Investigations into the jail dietaries of the United Provinces with some observations on the influence of dietary on the physical development and well-being of the people of the United Provinces - Number 48
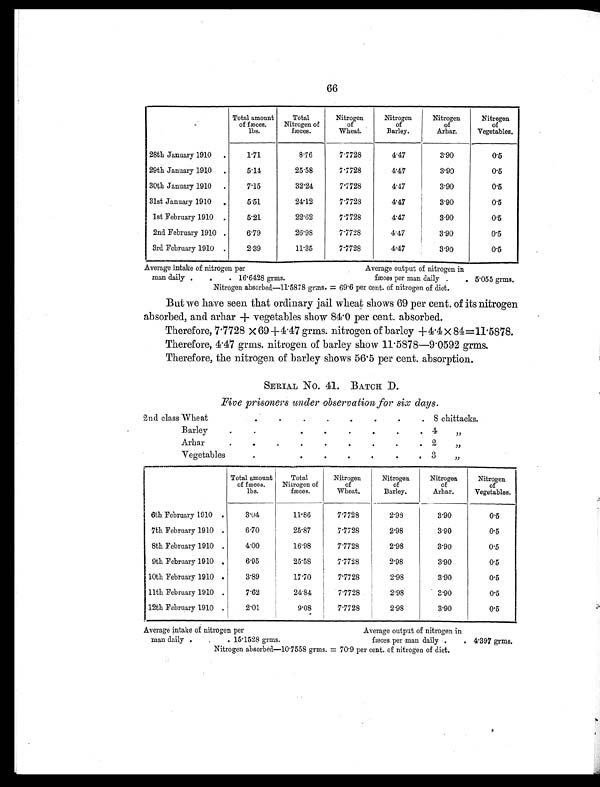
66
Total amount
of fæces.
lbs.
Total
Nitrogen of
fæces.
Nitrogen
of
Wheat.
Nitrogen
of
Barley.
Nitrogen
of
Arhar.
Nitrogen
of
Vegetables.
28th January 1910 .
1.71
8.76
7.7728
4.47
3.90
0.5
29th January 1910 .
5.14
25.58
7.7728
4.47
3.90
0.5
30th January 1910 .
7.15
32.24
7.7728
4.47
3.90
0.5
31st January 1910
.
5.51
24.12
7.7728
4.47
3.90
0.5
1st February 1910 .
5.21
22.62
7.7728
4.47
3.90
0.5
2nd February 1910 .
6.79
26.98
7.7728
4.47
3.90
0.5
3rd February 1910 .
2.39
11.35
7.7728
4.47
3.90
0.5
Average intake of nitrogen per
Average output of nitrogen in
man daily .
.
. 16.6428 grms.
fæces per man daily .
. 5.055 grms.
Nitrogen absorbed—11.5878 grms. = 69.6 per cent. of nitrogen of diet.
But we have seen that ordinary jail wheat shows 69 per cent. of its nitrogen
absorbed, and arhar + vegetables show 84.0 per cent. absorbed.
Therefore, 7.7728 × 69 + 4.47 grms. nitrogen of barley + 4.4 × 84=11.5878.
Therefore, 4.47 grms. nitrogen of barley show 11.5878—9.0592 grms.
Therefore, the nitrogen of barley shows 56.5 per cent. absorption.
SERIAL No. 41. BATCH D.
Five prisoners under observation for six days.
2nd class Wheat
.
.
.
.
.
.
.
.
8 chittacks.
Barley
.
.
.
.
.
.
.
. 4
„
Arhar
.
.
.
.
. .
.
.
.
2
„
Vegetables
.
.
.
. .
.
.
. 3
„
Total amount
of fæces.
lbs.
Total
Nitrogen of
fæces.
Nitrogen
of
Wheat.
Nitrogen
of
Barley.
Nitrogen
of
Arhar.
Nitrogen
of
Vegetables.
6th February 1910 .
3.04
11.86
7.7728
2.98
3.90
0.5
7th February 1910 .
6.70
25.87
7.7728
2.98
3.90
0.5
8th February 1910 .
4.00
16.98
7.7728
2.98
3.90
0.5
9th February 1910 .
6.95
25.58
7.7728
2.98
3.90
0.5
10th February 1910 .
3.89
17.70
7.7728
2.98
3.90
0.5
11th February 1910 .
7.62
24.84
7.7728
2.98
3.90
0.5
12th February 1910 .
2.01
9.08
7.7728
2.98
3.90
0.5
Average intake of nitrogen per
Average output of nitrogen in
man daily .
.
. 15.1528 grms.
fæces per man daily .
. 4.397 grms.
Nitrogen absorbed—10.7558 grms. = 70.9 per cent. of nitrogen of diet.